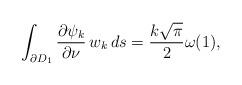
LaTeX: \begin{align*}\int_{\partial D_1} \dfrac{\partial \psi_k}{\partial \nu}\,w_k\,ds=\frac{k\sqrt\pi}{2}\omega(1),\end{align*}